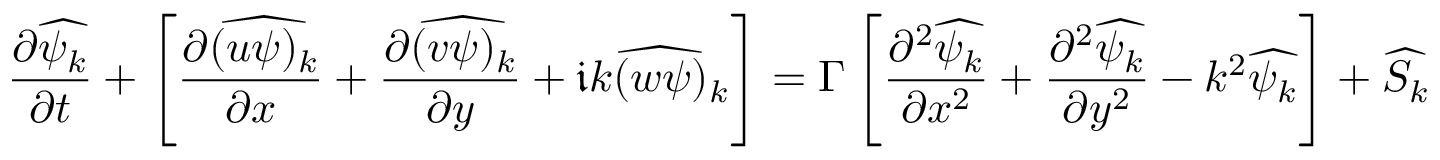
\frac { \partial \widehat { \psi _ { k } } } { \partial t } + \left[ \frac { \partial \widehat { ( u \psi ) _ { k } } } { \partial x } + \frac { \partial \widehat { ( v \psi ) _ { k } } } { \partial y } + \mathfrak { i } \widehat { k ( w \psi ) _ { k } } \right] = \Gamma \left[ \frac { \partial ^ { 2 } \widehat { \psi _ { k } } } { \partial x ^ { 2 } } + \frac { \partial ^ { 2 } \widehat { \psi _ { k } } } { \partial y ^ { 2 } } - k ^ { 2 } \widehat { \psi _ { k } } \right] + \widehat { S _ { k } }